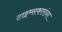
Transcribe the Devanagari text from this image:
टाइम्सकारांना